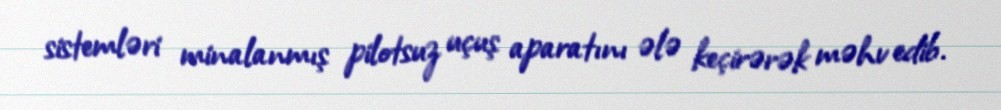
sistemləri minalanmış pilotsuz uçuş aparatını ələ keçirərək məhv edib.